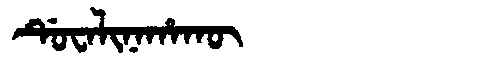
Manchu: ᡩᡠᠸᠠᠯᡳᠨᠠᡥᠠᡴᡡ
Romanization: DUWALINAHAKŪ